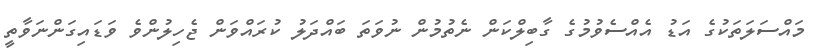
މައްސަލަތަކުގެ އަޑު އެއްސެވުމުގެ ގާބިލްކަން ނެތުމުން ނުވަތަ ބައްދަލު ކުރައްވަން ޖެހިލުންވެ ވަޑައިގަންނަވާތީ